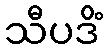
သီပဒိံ